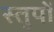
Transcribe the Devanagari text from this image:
स्तुपों